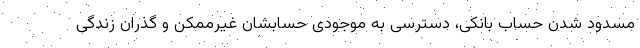
مسدود شدن حساب بانکی، دسترسی به موجودی حسابشان غیرممکن و گذران زندگی